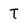
Character: T